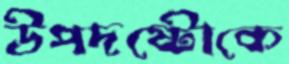
উপদষ্টোকে